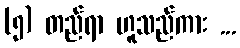
(၅) တည်ရာ ဟူသည်ကား ...